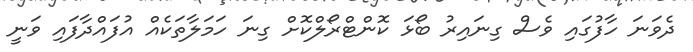
ދެވަނަ ހާފުގައި ވެސް ގިނައިރު ބޯޅަ ކޮންޓްރޯލްކޮށް ގިނަ ހަމަލާތަކެއް އުފައްދާފައި ވަނީ